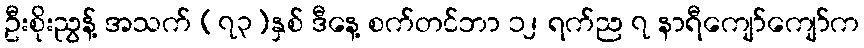
ဦးစိုးညွန့် အသက် (၇၃)နှစ် ဒီနေ့ စက်တင်ဘာ ၁၂ ရက်ည ၇ နာရီကျော်ကျော်က